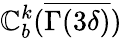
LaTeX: \mathbb{C}_{b}^{k}(\overline{{{\Gamma(3\delta)}}})